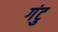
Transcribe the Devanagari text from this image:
गंटु